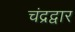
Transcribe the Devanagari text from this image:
चंद्रद्वार